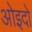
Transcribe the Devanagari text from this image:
ओइदो